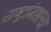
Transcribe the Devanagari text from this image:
राष्ट्रांमधल्या